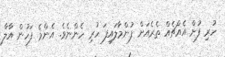
ހުރި ފުށް އެއްޗެއް ތެރެއަށް ފުންމާލައިފަ ހުރި ހެންނެވެ. އެންމެ ފަހުން އާލާ